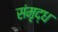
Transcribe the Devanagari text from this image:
संमृद्ध